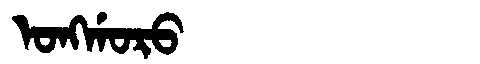
Manchu: ᠣᠩᡤᠣᡵᠣ
Romanization: ONGGORO